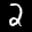
Label: 2